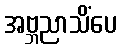
အဗ္ဘညာသိံပေ